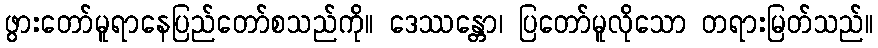
ဖွားတော်မူရာနေပြည်တော်စသည်ကို။ ဒေဿန္တော၊ ပြတော်မူလိုသော တရားမြတ်သည်။